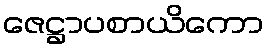
ဇေဋ္ဌာပစာယိကော